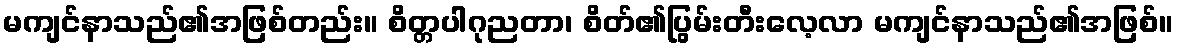
မကျင်နာသည်၏အဖြစ်တည်း။ စိတ္တပါဂုညတာ၊ စိတ်၏ပြွမ်းတီးလေ့လာ မကျင်နာသည်၏အဖြစ်။